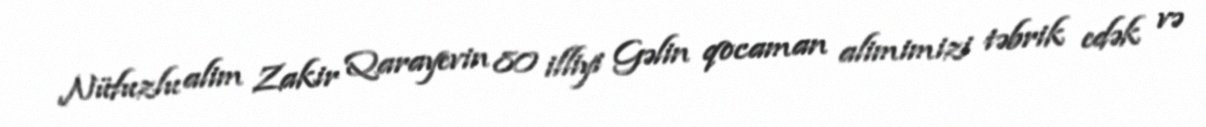
Nüfuzlu alim Zakir Qarayevin 80 illiyi Gəlin qocaman alimimizi təbrik edək və